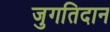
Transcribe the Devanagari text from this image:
जुगतिदान